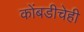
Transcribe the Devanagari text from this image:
कोंबडीचेही